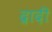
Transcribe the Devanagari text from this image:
द्रादी